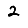
Digit: 2